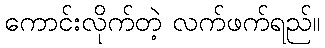
ကောင်းလိုက်တဲ့ လက်ဖက်ရည်။